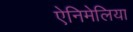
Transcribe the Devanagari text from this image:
ऐनिमेलिया